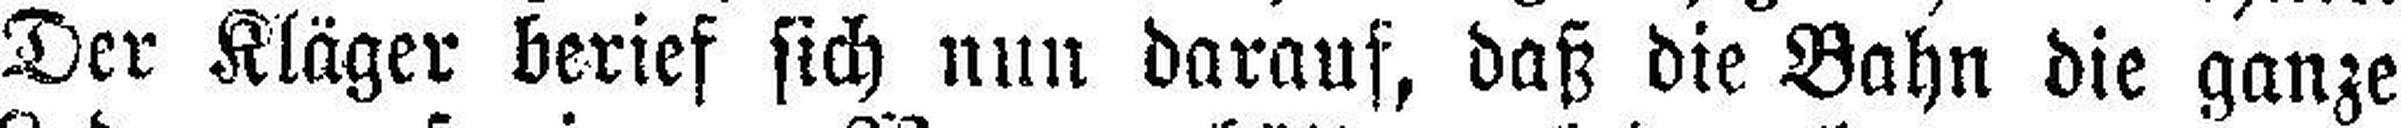
Der Kläger berief sich nun darauf, daß die Bahn die ganze